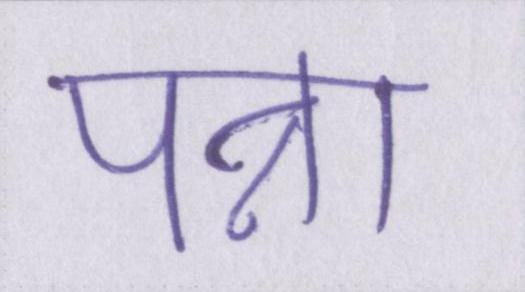
पन्ना